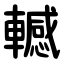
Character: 轗